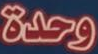
وحدة